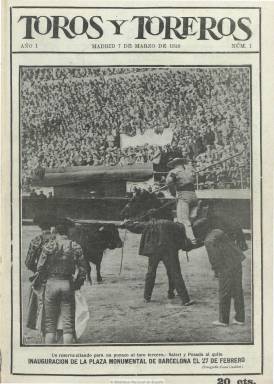
Título: Toros y toreros (Madrid. 1916)
Colección: Toros
Ámbito geográfico: Madrid
Lugar de publicación: Madrid
Fechas: 07/03/1916-22/01/1918

Revista taurina con una cuidada información gráfica e impresión en papel couché, que aparece el siete de marzo de 1916, con periodicidad semanal y en números de 24 páginas, a dos columnas y a un precio de 20 céntimos el ejemplar. Especializada en corridas de toros y tauromaquia, su portada siempre la ocupa una fotografía a toda plana, generalmente el retrato de un torero. Inserta un directorio de matadores de toros y novillos, rejoneadores, apoderados y ganaderos de reses bravas. Publica reportajes, entrevistas, crónicas de festejos, biografías y noticias, pero también textos de creación literaria originales, algunos de ellos de carácter humorístico, y anuncios publicitarios. Entre sus principales secciones están Burladerías, Álbum biográfico, Curiosidades taurinas o Anécdotas.

No indica quién pudo ser su director o redactor-jefe. Entre sus redactores y colaboradores se encuentran periodistas taurinos y escritores menores como Samuel Tena Lacen, Antonio Velasco Zazo, Joaquín Belda, Carlos Luis de Cuenca, Federico García Sanchíz, Miguel Tato y Amat, Juan Pérez Zúñiga, Luis de Tapia, Sebastián Miranda, Pepe Laña o J. de Lucas Acevedo. Como es habitual entre los revisteros taurinos, muchas de las firmas son seudónimos: Figarito, Sinsabores, Corinto y Oro, Taleguilla, Aficiones (José de Laserna), El Barquero, Claridades, Don Silverio, etc. Tiene corresponsales en Barcelona (M.G. Monreal y Dr. Barrabás), Sevilla (Cantaclaro), Zaragoza (Zabay), Valencia (D. Carpio) y otras capitales de provincia.

También publican sus instantáneas un gran número de fotógrafos, como Alfonso, Miguel A. Torres, A. Rodero, Mínguez, Moncada, Castillo, Lacoste, Barrera, y en Barcelona, Casas Casellas, Sautes y Mateo, así como M. Vidal Corella, en Valencia, entre otros fotógrafos taurinos de provincias. Además de algunas reproducciones pictóricas de temática taurina, publica dibujos y caricaturas de dibujantes como Robledano, Tito, Agustín, Santa Bonilla, V. Tur, Medina Vera, Ibáñez o Susje.

Semanario muy cuidado con excelentes fotografías y textos, con reportajes relativos también a la vida profesional y social de toreros y ganaderos y de cosos taurinos. En algún momento reduce el número de páginas, hasta las dieciséis, y utiliza el papel prensa en lugar del couché, sin que por ello merme la calidad de sus fotografías ni tampoco su precio por ejemplar. Salió de los talleres de Imprenta Española. Palau señala que se publica hasta el 29 de enero de 1918.